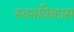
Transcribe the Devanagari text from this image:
स्वनविकास